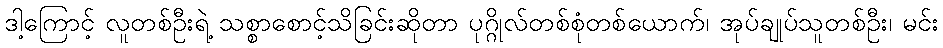
ဒါ့ကြောင့် လူတစ်ဦးရဲ့ သစ္စာစောင့်သိခြင်းဆိုတာ ပုဂ္ဂိုလ်တစ်စုံတစ်ယောက်၊ အုပ်ချုပ်သူတစ်ဦး၊ မင်း